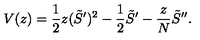
V ( z ) = \frac 1 2 z ( \tilde { S } ^ { \prime } ) ^ { 2 } - \frac 1 2 \tilde { S } ^ { \prime } - \frac z N \tilde { S } ^ { \prime \prime } .